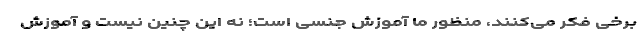
برخی فکر می‌کنند، منظور ما آموزش جنسی است؛ نه این چنین نیست و آموزش